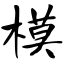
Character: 模